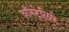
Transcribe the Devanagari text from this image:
ऑस्ट्रेलिऐ